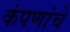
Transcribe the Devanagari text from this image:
कंपणांचे